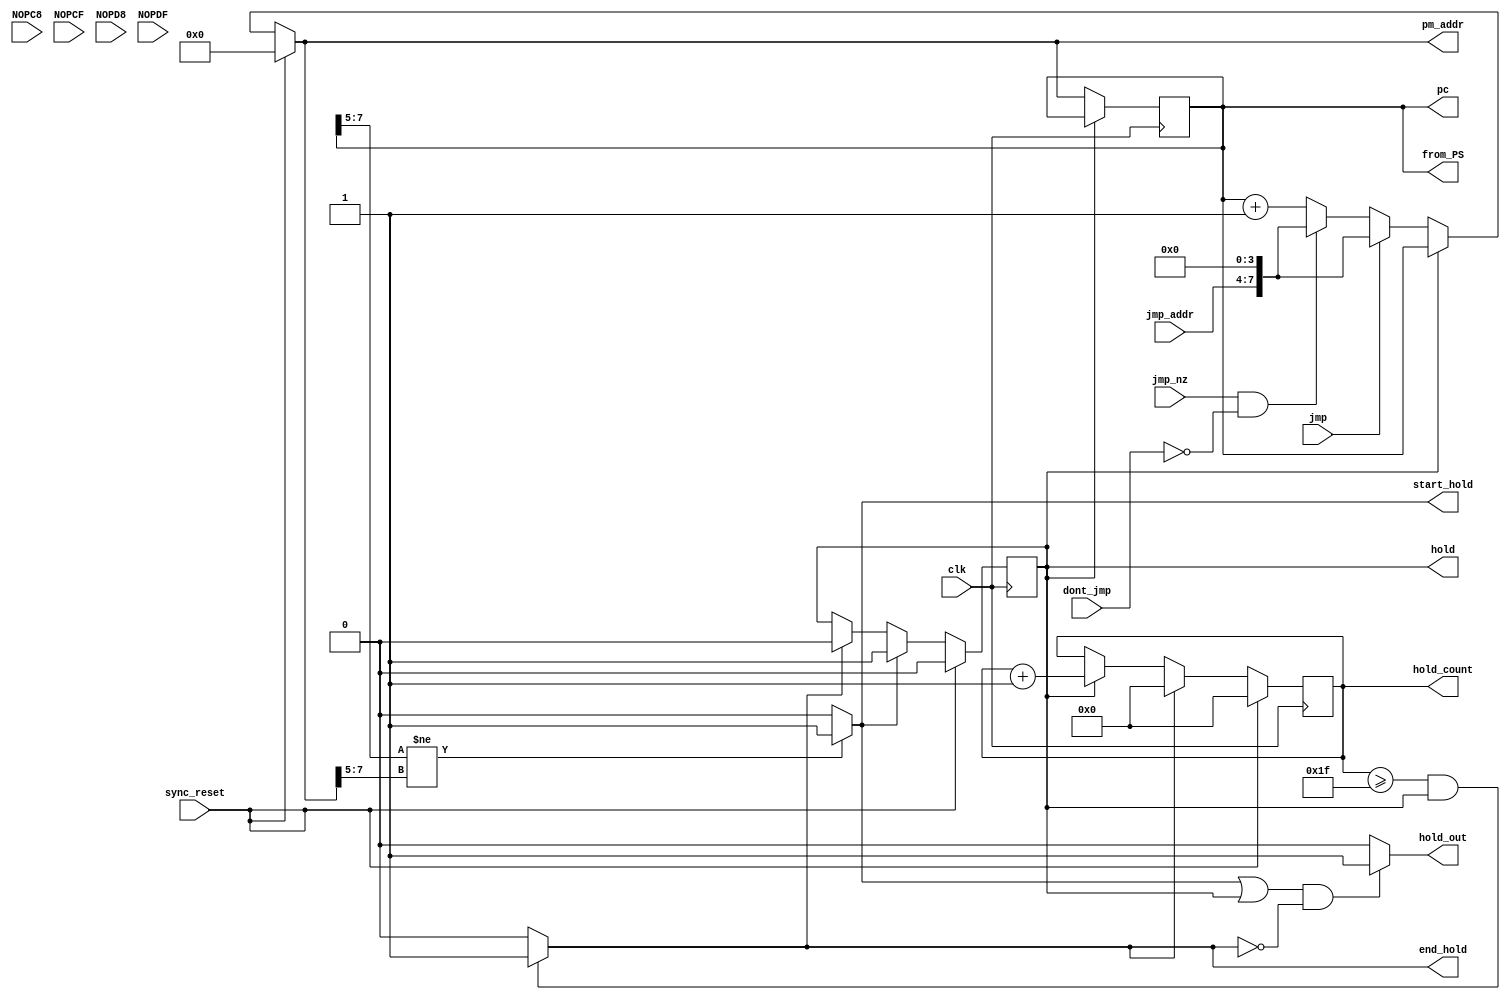
module program_sequencer(
	input clk, sync_reset, jmp, jmp_nz, dont_jmp,
	input NOPC8, NOPCF, NOPD8, NOPDF,		// inputs; will probably need in exam
	input [3:0] jmp_addr,
	output reg [7:0] pm_addr,
	output reg [7:0] pc,							// made output for final exam (instead of internal)
	output reg [7:0] from_PS,					// made specifically for final exam scrambler
	output reg hold_out, start_hold, end_hold, hold,
	output reg [4:0] hold_count
	);



//// BEGIN CHANGES FROM CME 433 LAB 3 ////
//reg start_hold, end_hold, hold;			made output
//reg [7:0] hold_count; 						made output

always @ *
if ( pc[7:5] != pm_addr[7:5] )
	start_hold = 1'b1;
else
	start_hold = 1'b0;

always @ ( posedge clk )
if ( sync_reset == 1'b1 ) 
	hold_count = 8'd0;
else if ( end_hold == 1'b1 )
	hold_count = 1'b0;
else if ( hold == 1'b1 )
	hold_count = hold_count + 8'd1;
else
	hold_count = hold_count;

always @ *
if ( ( hold_count >= 8'd31 ) && ( hold == 1'b1 ) )
	end_hold = 1'b1;
else
	end_hold = 1'b0;

always @ ( posedge clk )
if ( sync_reset == 1'b1 ) 
	hold = 1'b0;
else if ( start_hold == 1'b1 )
	hold = 1'b1;
else if ( end_hold == 1'b1 )
	hold = 1'b0;
else
	hold = hold;

always @ *
if ( ( ( start_hold == 1'b1 ) || ( hold == 1'b1 ) ) && ( end_hold != 1'b1 ) )
	hold_out = 1'b1;
else
	hold_out = 1'b0;

//// END CHANGES FROM CME 433 LAB 3 ////


always @ *
//from_PS = 8'h0;  // in exam
from_PS = pc;		// testing prior to exam

always @ (posedge clk)
if ( hold == 1'b1 )				// CME 433
	pc = pc;
else
	pc = pm_addr;

always @ *
if (sync_reset == 1'b1) 
	pm_addr = 8'd0;
else if ( hold == 1'b1 )
	pm_addr = pc; 
else if (jmp == 1'b1) 
	pm_addr = {jmp_addr, 4'd0};
else if ((jmp_nz == 1'b1) && (dont_jmp == 1'b0)) 
	pm_addr = {jmp_addr, 4'd0};
else 
	pm_addr = pc + 8'd1;

endmodule